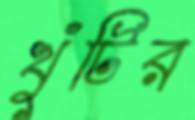
খুঁটির